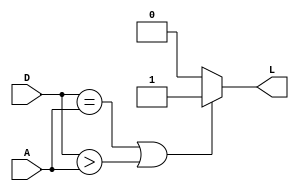
`timescale 1ns / 1ps
//////////////////////////////////////////////////////////////////////////////////
// Company: 
// Engineer: 
// 
// Design Name: 
// Module Name:    Compardr 
// Project Name: 
// Target Devices: 
// Tool versions: 
// Description: 
//
// Dependencies: 
//
// Revision: 
// Revision 0.01 - File Created
// Additional Comments: 
//
//////////////////////////////////////////////////////////////////////////////////
module compardr
	#(parameter N = 5) // Comparador parametrizado, se usan 5 bits de resolucin para los valores de temperatura que se comparan
	(
		input wire [N-1:0] D,     
		input wire [N-1:0] A,
		output wire  L
    );

assign L = (D == A || D > A) ? 1'b1 : 1'b0;   // Si el valor D es igual o mayor a A saca un bit en 1 si es menor saca un bit en 0


endmodule